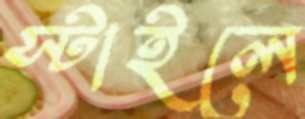
স্টাইলে